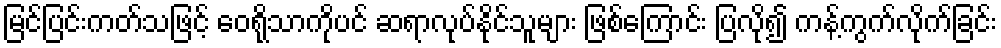
မြင်ပြင်းကတ်သဖြင့် ဝေရိုသာကိုပင် ဆရာလုပ်နိုင်သူများ ဖြစ်ကြောင်း ပြလို၍ ကန့်ကွက်လိုက်ခြင်း